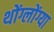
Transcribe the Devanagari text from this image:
थोंग्लोंग्या